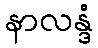
နာလန္ဒံ